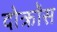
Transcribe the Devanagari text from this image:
दोक्रॉस